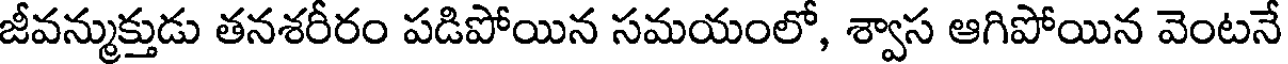
జీవన్ముక్తుడు తనశరీరం పడిపోయిన సమయంలో, శ్వాస ఆగిపోయిన వెంటనే